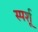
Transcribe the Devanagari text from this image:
स्पर्शू